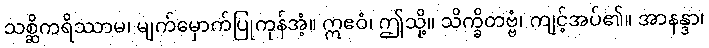
သစ္ဆိကရိဿာမ၊ မျက်မှောက်ပြုကုန်အံ့။ ဣဧဝံ၊ ဤသို့။ သိက္ခိတဗ္ဗံ၊ ကျင့်အပ်၏။ အာနန္ဒာ၊